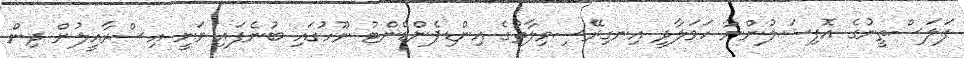
ފަލަސްތީނުގެ އޮފިޝަލުންނާ ހަވަލާދީ އިނގިރޭސިވިލާތުގެ އިންޑިޕެންޑެންޓު ނޫހުގައި ބުނެފައި ވަނީ އިސްރާއީލުން ދިން